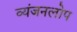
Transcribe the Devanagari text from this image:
व्यंजनलोप